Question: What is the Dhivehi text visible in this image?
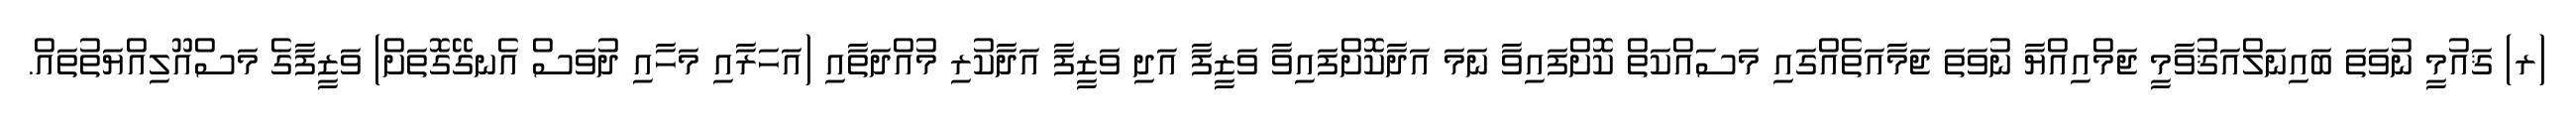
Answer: (ރ) ޤައުމީ ނުވަތަ ބައިނަލްއަޤުވާމީ ޖަމްއިއްޔާ ނުވަތަ ޖަމާއަތެއްގައި މަސައްކަތް ކޮށްފައިވާ ނަމަ އަދާކޮށްފައިވާ ވަޒީފާ އަދި ވަޒީފާ އަދާކުރި މުއްދަތާއި (އަހަރާއި މަހާއި ދުވަސް އެނގޭގޮތަށް) ވަޒީފާގެ މަސްއޫލިއްޔަތުތައް.